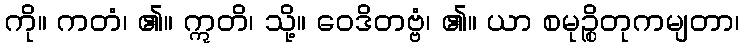
ကို။ ကတံ၊ ၏။ ဣတိ၊ သို့။ ဝေဒိတဗ္ဗံ၊ ၏။ ယာ စမုဉ္စိတုကမျတာ၊